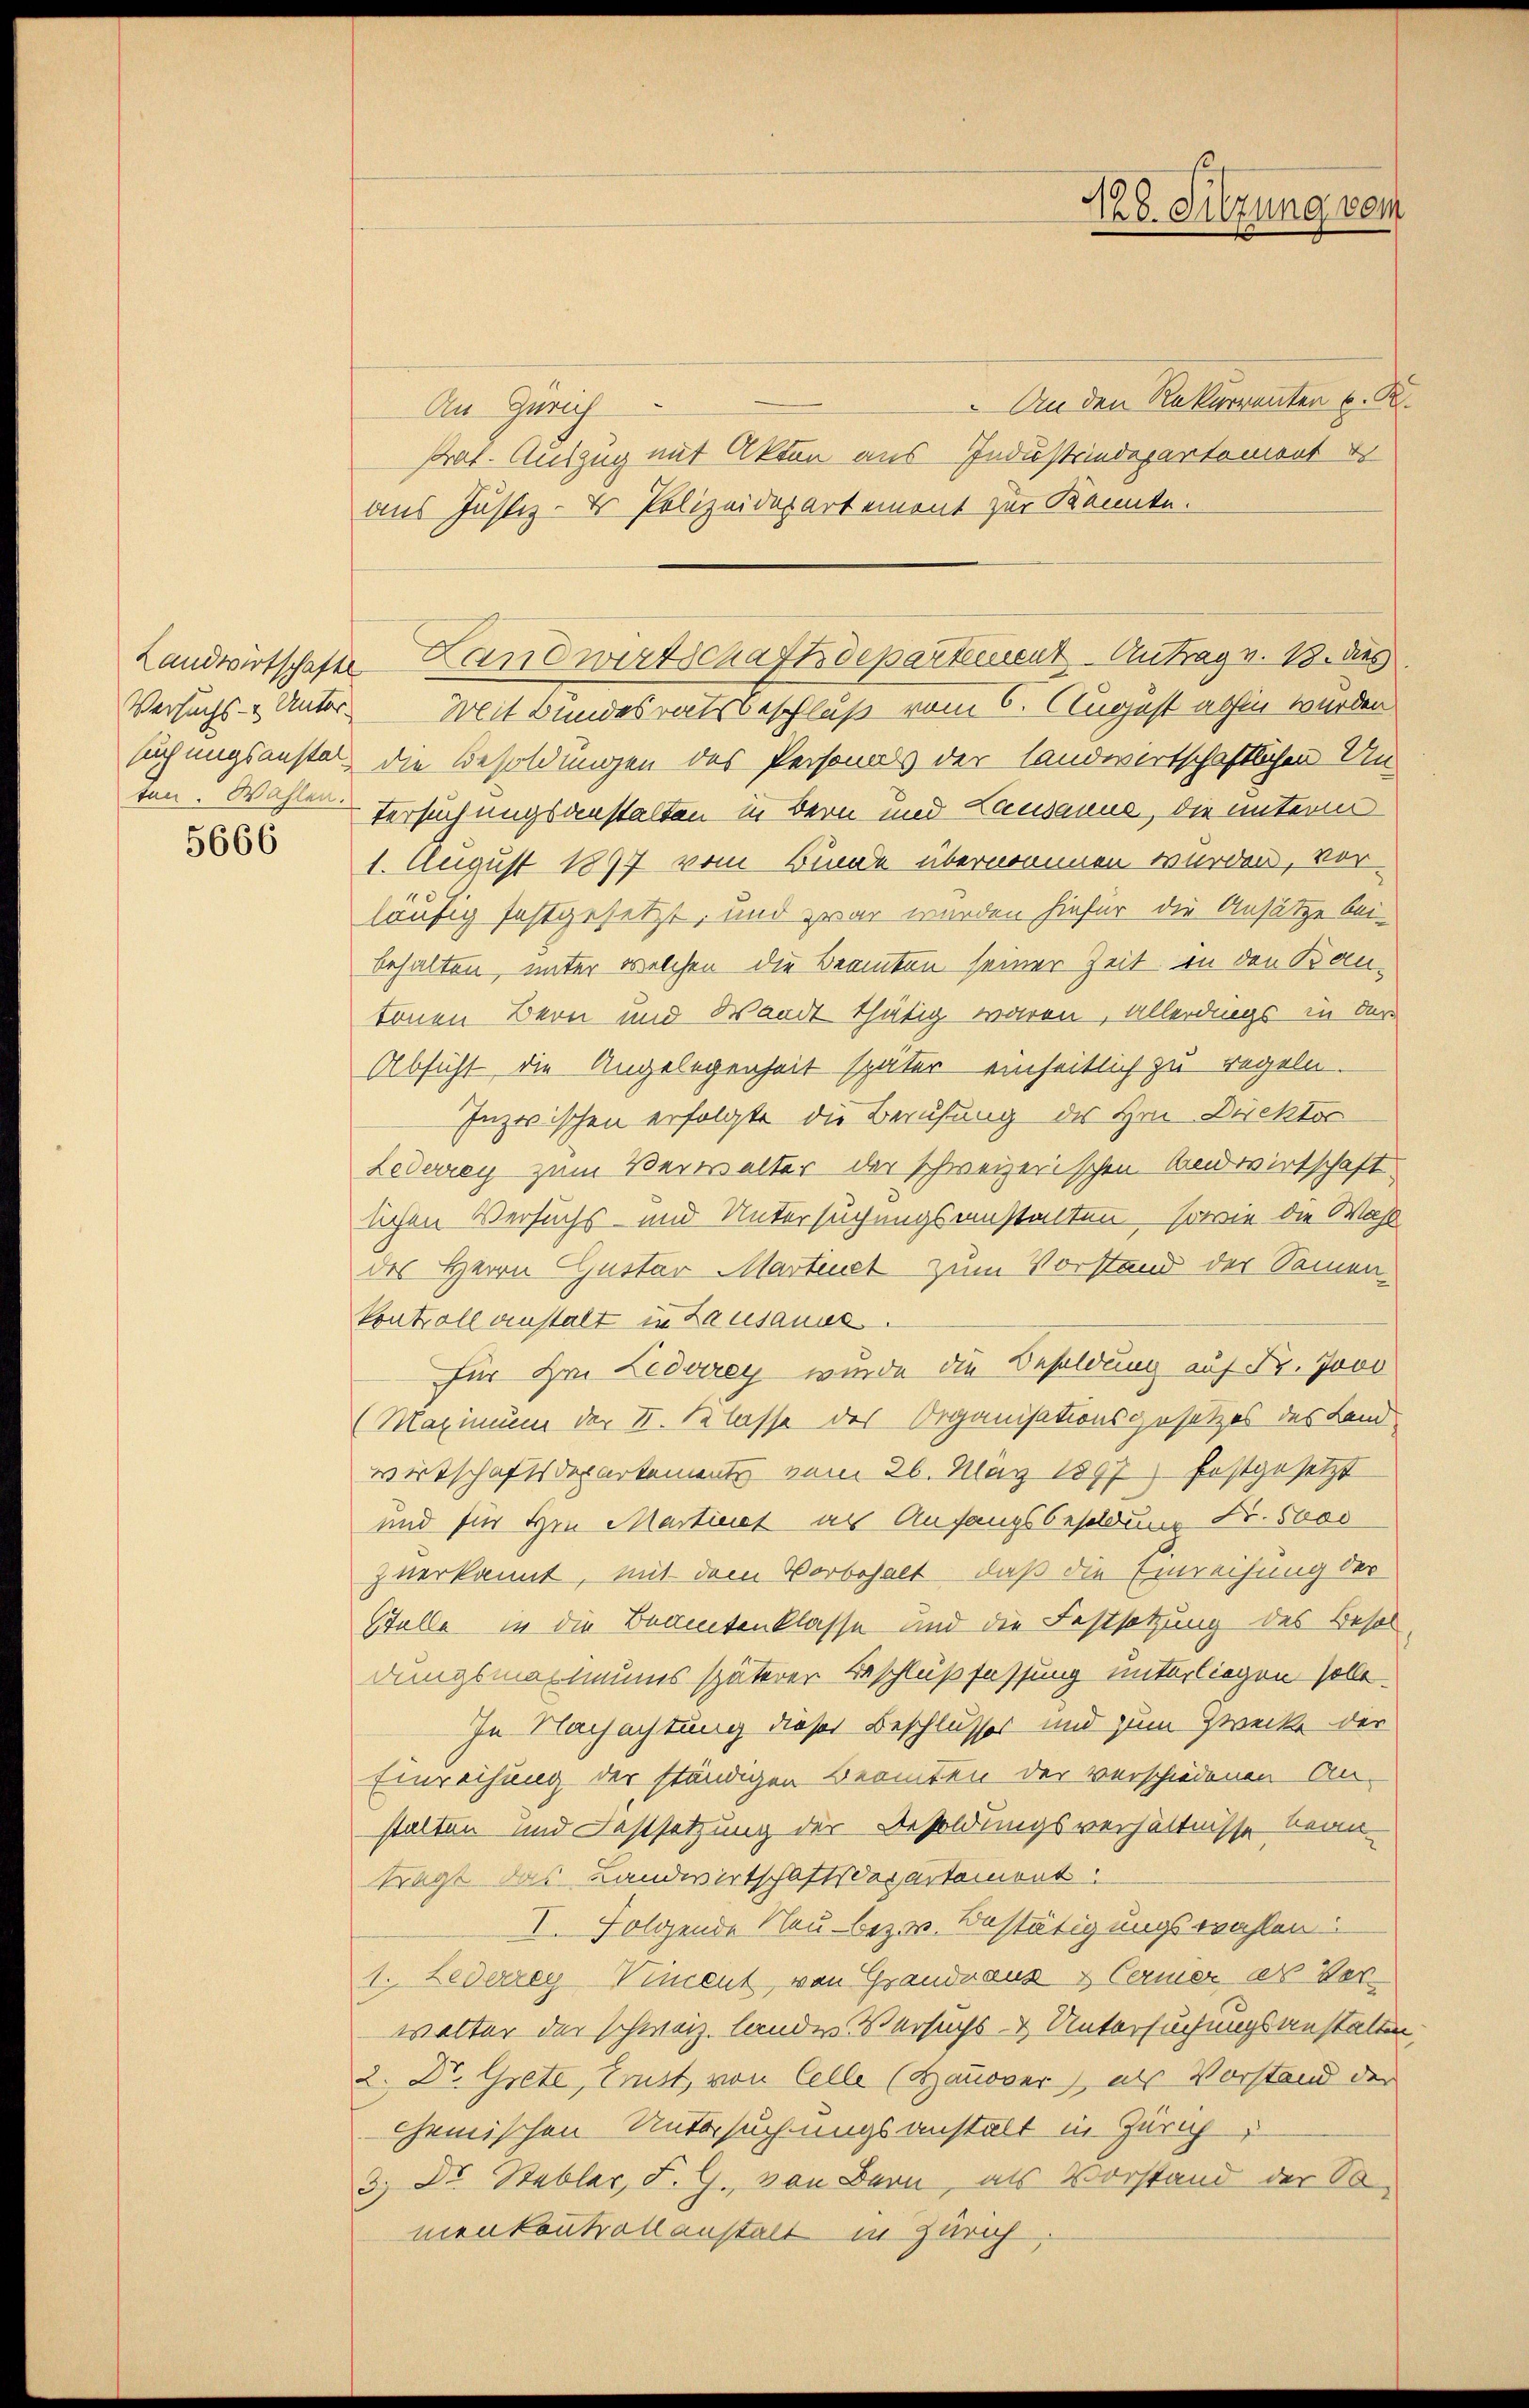
5666

128. Sitzung vom

An den Rekurrenten u. R.
An Zürich
Prot. Auszug mit Akten aus Industriedepartement
aus Justiz- & Polizeidepartement zur Kannte.
Versuchs - Unter Mit Bundesratsbeschluß vom 6. August abhin wurden
suchungsanste, die Besoldungen des Personals der landwirtschaftlichen Un-
ten. Wohlen Versuchungsanstalten in Bern und Lausanne, die unterm
1. August 1897 vom Bunde übernommen wurden, vorhäufig festgesetzt, und zwar wurden hiefür die Ansätze bei-
behalten, unter welchen die Beamten seiner Zeit in den Kantönen Bern und Waadt thätig waren, Allerdings in der
Absicht die Angelegenheit später einheitlich zu regeln.
Inzwischen erfolgte die Berufung des Hrn. Direktor
Lederrey zum Verwalter der schweizerischen Landwirtschaft
lichen Versuchs und Untersuchungsanstalten, sowie die Wahl
des Herrn Gustav Martinet zum Vorstand der Sammenkontroll anstalt in Lausauss
für Hr. Lederey wurde die Besoldung auf Fr. Jovo
(Maximum der II. Klasse des Organisationsgesetzes des Land¬
Wirtschaftsdepartements vom 26. May 1897 festgesetzt
und für Ein Martient an Anfangsbesoldung Dr. Stoo
zverkannt, mit dem Vorbehalt, daß die Einreihung der
Stelle in die Beamtenklasse und die Festsetzung des Besol
dungsmassiums späterer Beschlußfassung unterliegen solle.
In Nachachtung dieser Beschlusser und zum Zwecke der
Einreihung der ständigen Beamten der verschiedenen An-
stalten und Festsetzung der Besoldungsverhältnisse beruträgt das Landwirtschaftsdepartemont
I. Folgende Neu bezw. Bestätigungswahlen:
1. Lederzey-Viment, von Grandnaus & Cermer als Verwalter der schweiz. landes Versuchs & Untersuchungsanstalten,
2. Dr. Grete, Ernst, von Celle (Hauover, als Vorstand der
chemischen Untersuchungsanstalt in Zürich
3) Dr. Stabler, F. G. von Bern, als Vorstand der Somenkontraltanstalt in Zürich

Landwirtschafte Landwirtschaftsdepartement Antrag v. 13. dies